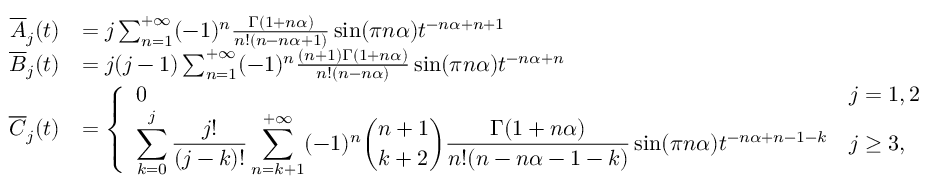
\begin{array} { r l } { \overline { { A } } _ { j } ( t ) } & { = j \sum _ { n = 1 } ^ { + \infty } ( - 1 ) ^ { n } \frac { \Gamma ( 1 + n \alpha ) } { n ! ( n - n \alpha + 1 ) } \sin ( \pi n \alpha ) t ^ { - n \alpha + n + 1 } } \\ { \overline { { B } } _ { j } ( t ) } & { = j ( j - 1 ) \sum _ { n = 1 } ^ { + \infty } ( - 1 ) ^ { n } \frac { ( n + 1 ) \Gamma ( 1 + n \alpha ) } { n ! ( n - n \alpha ) } \sin ( \pi n \alpha ) t ^ { - n \alpha + n } } \\ { \overline { { C } } _ { j } ( t ) } & { = \left\{ \begin{array} { l l } { 0 } & { j = 1 , 2 } \\ { \displaystyle \sum _ { k = 0 } ^ { j } \frac { j ! } { ( j - k ) ! } \sum _ { n = k + 1 } ^ { + \infty } ( - 1 ) ^ { n } \binom { n + 1 } { k + 2 } \frac { \Gamma ( 1 + n \alpha ) } { n ! ( n - n \alpha - 1 - k ) } \sin ( \pi n \alpha ) t ^ { - n \alpha + n - 1 - k } } & { j \ge 3 , } \end{array} \right. } \end{array}